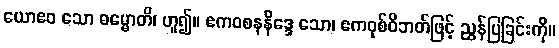
ယောဧဝ သော ဓမ္မောတိ၊ ဟူ၍။ ဧကဝစနနိဒ္ဒေ သော၊ ဧကဝုစ်ဝိဘတ်ဖြင့် ညွှန်ပြခြင်းကို။